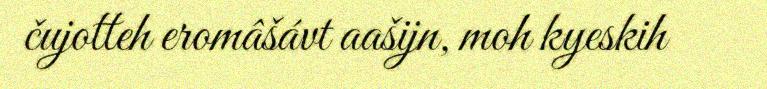
čujotteh eromâšávt aašijn, moh kyeskih